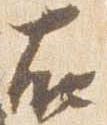
右